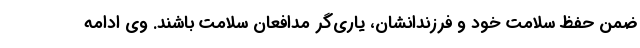
ضمن حفظ سلامت خود و فرزندانشان، یاری‌گر مدافعان سلامت باشند. وی ادامه